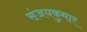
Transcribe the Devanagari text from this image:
संजयकुमार